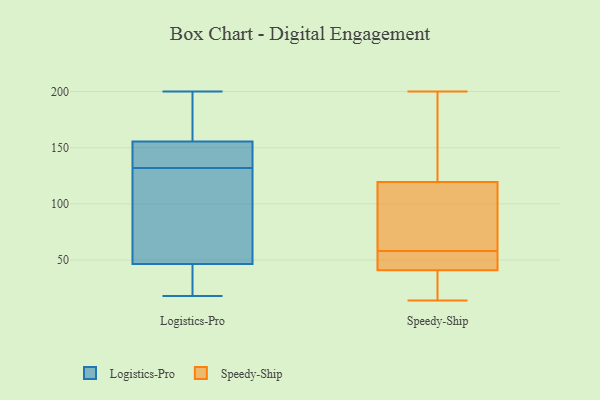
{"axis": {"x": "Budget (USD K)", "y": "Value"}, "legend": ["Logistics-Pro", "Speedy-Ship"], "data": [{"x": "", "y": 139, "type": "Logistics-Pro"}, {"x": "", "y": 162, "type": "Logistics-Pro"}, {"x": "", "y": 200, "type": "Logistics-Pro"}, {"x": "", "y": 35, "type": "Logistics-Pro"}, {"x": "", "y": 42, "type": "Logistics-Pro"}, {"x": "", "y": 135, "type": "Logistics-Pro"}, {"x": "", "y": 133, "type": "Logistics-Pro"}, {"x": "", "y": 142, "type": "Logistics-Pro"}, {"x": "", "y": 36, "type": "Logistics-Pro"}, {"x": "", "y": 29, "type": "Logistics-Pro"}, {"x": "", "y": 18, "type": "Logistics-Pro"}, {"x": "", "y": 94, "type": "Logistics-Pro"}, {"x": "", "y": 63, "type": "Logistics-Pro"}, {"x": "", "y": 160, "type": "Logistics-Pro"}, {"x": "", "y": 117, "type": "Logistics-Pro"}, {"x": "", "y": 60, "type": "Logistics-Pro"}, {"x": "", "y": 132, "type": "Logistics-Pro"}, {"x": "", "y": 186, "type": "Logistics-Pro"}, {"x": "", "y": 187, "type": "Logistics-Pro"}, {"x": "", "y": 200, "type": "Speedy-Ship"}, {"x": "", "y": 58, "type": "Speedy-Ship"}, {"x": "", "y": 176, "type": "Speedy-Ship"}, {"x": "", "y": 40, "type": "Speedy-Ship"}, {"x": "", "y": 37, "type": "Speedy-Ship"}, {"x": "", "y": 103, "type": "Speedy-Ship"}, {"x": "", "y": 134, "type": "Speedy-Ship"}, {"x": "", "y": 61, "type": "Speedy-Ship"}, {"x": "", "y": 28, "type": "Speedy-Ship"}, {"x": "", "y": 125, "type": "Speedy-Ship"}, {"x": "", "y": 54, "type": "Speedy-Ship"}, {"x": "", "y": 43, "type": "Speedy-Ship"}, {"x": "", "y": 46, "type": "Speedy-Ship"}, {"x": "", "y": 14, "type": "Speedy-Ship"}, {"x": "", "y": 80, "type": "Speedy-Ship"}]}